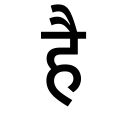
OCR:
है